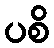
ပစိ